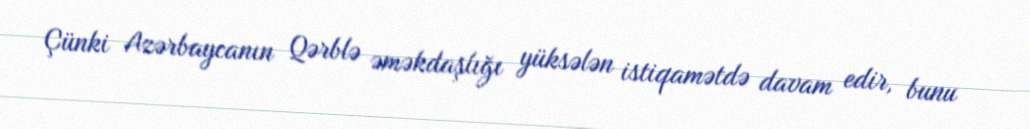
Çünki Azərbaycanın Qərblə əməkdaşlığı yüksələn istiqamətdə davam edir, bunu